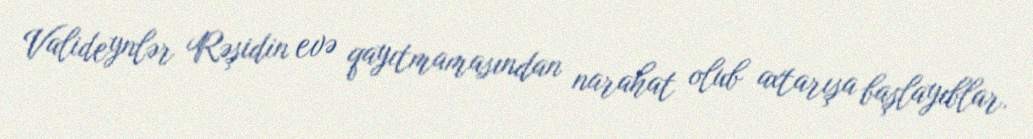
Valideynlər Rəşidin evə qayıtmamasından narahat olub axtarışa başlayıblar.